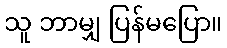
သူ ဘာမျှ ပြန်မပြော။